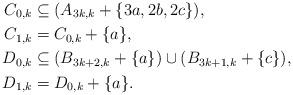
LaTeX: \begin{align*}C_{0,k} & \subseteq (A_{3k,k} + \{ 3a, 2b, 2 c \}),\\C_{1,k} & = C_{0,k} + \{ a \},\\D_{0,k} & \subseteq (B_{3k+2,k} + \{ a \}) \cup (B_{3k+1,k} + \{ c \}),\\D_{1,k} & = D_{0,k} + \{ a \}. \end{align*}